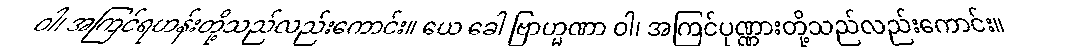
ဝါ၊ အကြင်ရဟန်းတို့သည်လည်းကောင်း။ ယေ ခေါ ဗြာဟ္မဏာ ဝါ၊ အကြင်ပုဏ္ဏားတို့သည်လည်းကောင်း။